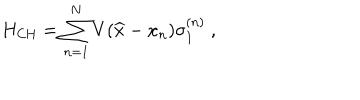
H _ { \mathrm { C H } } = \sum _ { n = 1 } ^ { N } V ( \widehat { x } - x _ { n } ) \sigma _ { 1 } ^ { ( n ) } \ ,